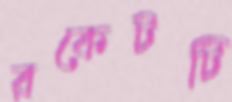
রকেটটি